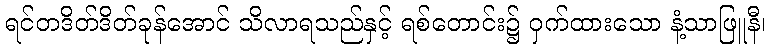
ရင်တဒိတ်ဒိတ်ခုန်အောင် သိလာရသည်နှင့် ရစ်တောင်း၌ ဝှက်ထားသော နံ့သာဖြူနီ၊